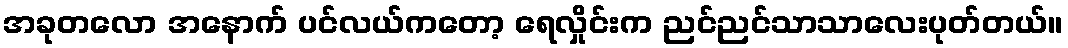
အခုတလော အနောက် ပင်လယ်ကတော့ ရေလှိုင်းက ညင်ညင်သာသာလေးပုတ်တယ်။